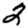
Digit: 2